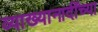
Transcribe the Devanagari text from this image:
व्याख्यानादींच्या